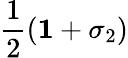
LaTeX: \frac{1}{2}\left({\mathbf 1}+\sigma_{2}\right)